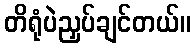
တိရုံပဲညှပ်ချင်တယ်။